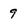
Character: 9